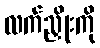
လက်ညှိုးကို